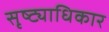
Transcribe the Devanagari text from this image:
सृष्ट्याधिकार